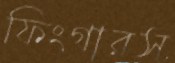
ফিংগারস